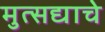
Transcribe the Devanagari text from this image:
मुत्सद्याचे